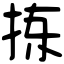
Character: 拣